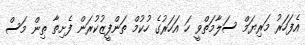
އެފަހަރު މަރިޔަމް ސަލާމަތްވީ ހަ އަހަރުގެ ހުކުމް ތަންފީޒުކުރަން ފެށިތާ ތިން މަސް